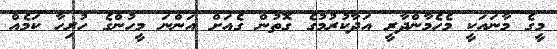
މީގެ މާނައަކީ މެހެމާންދާރީ އަދާކުރުމުގެ ގޮތުން ގެއަށް އަންނަ މީހުންގެ ހުރިހާ ކަމެއް